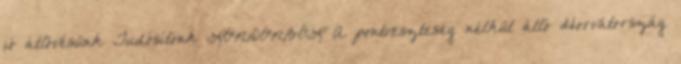
jó átlövésünk Tudósítónk LONDONBÓL A pontveszteség nélkül álló Horvátország